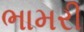
ભામરી